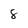
Character: 8